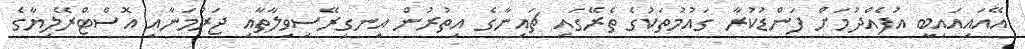
އޭއައިއައިބީ އުފެއްދުމަށް ފަންޑުކުރާ ގައުމުތަކުގެ ތެރޭގައި ޗައިނާގެ އިތުރުން އިނގިރޭސިވިލާތާއި ޖަރުމަނާއި އޮސްޓްރޭލިޔާގެ